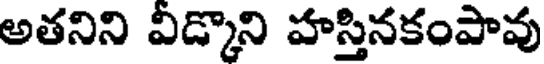
అతనిని వీడ్కొని హస్తినకంపావు